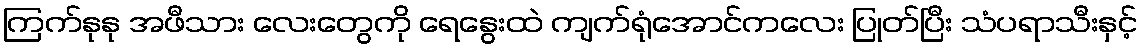
ကြက်နုနု အဖီသား လေးတွေကို ရေနွေးထဲ ကျက်ရုံအောင်ကလေး ပြုတ်ပြီး သံပရာသီးနှင့်